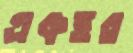
একত্তর